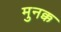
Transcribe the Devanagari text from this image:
मुनक्क